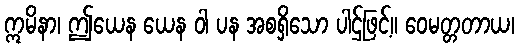
ဣမိနာ၊ ဤယေန ယေန ဝါ ပန အစရှိသော ပါဌ်ဖြင့်။ ဝေမတ္တတာယ၊